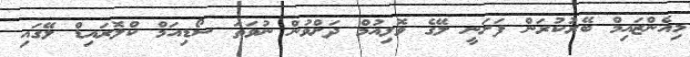
މިއެންޒައިމް ބޭރުކުރަން ފަށަނީ ލޭގެ ވޮލިއުމް ދަށްވުން ނުވަތަ ސޯޑިއަމް ކްލޮރައިޑް ލޭގައި